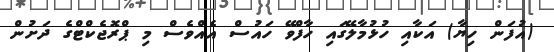
(އުފަން ހިޔާ) އަކާއި ހުޅުމާލޭގައި ހާފްވޭ ހައުސް އެއްވެސް މި ޕްރޮޖެކްޓްގެ ދަށުން